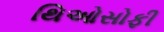
થિઓસોફી